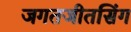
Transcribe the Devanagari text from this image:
जगतजीतसिंग